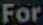
For